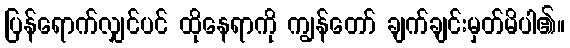
ပြန်ရောက်လျှင်ပင် ထိုနေရာကို ကျွန်တော် ချက်ချင်းမှတ်မိပါ၏။